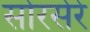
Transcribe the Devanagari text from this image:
सोरसेरे